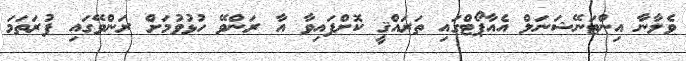
ވެލާނާ އިންޓަނޭޝަނަލް އެއާޕޯޓްގައި ތަރައްޤީ ކޮށްފައިވާ އާ ރަންވޭ ހުޅުވުމަށް ރަންވޭގައި ފުރަތަމަ